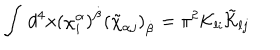
\int \, d ^ { 4 } x ( \chi _ { i } ^ { \alpha } ) ^ { \dot { \beta } } ( \tilde { \chi } _ { \alpha j } ) _ { \dot { \beta } } = \pi ^ { 2 } { \cal K } _ { l i } \tilde { \cal K } _ { l j }